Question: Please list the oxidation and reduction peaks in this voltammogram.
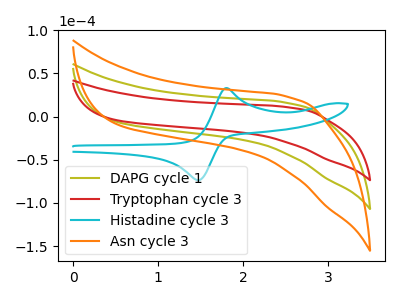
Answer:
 <answer>The olive curve "DAPG cycle 1" has no peaks. The red curve "Tryptophan cycle 3" has no peaks. The cyan curve "Histadine cycle 3" has an anodic peak at (1.80V, 33.10uA) and a cathodic peak at (1.45V, -73.55uA). The orange curve "Asn cycle 3" has no peaks.</answer>
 <eval></eval>